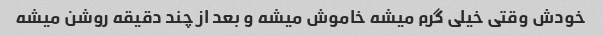
خودش وقتی خیلی گرم میشه خاموش میشه و بعد از چند دقیقه روشن میشه